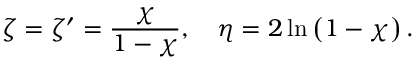
\zeta = \zeta ^ { \prime } = \frac { \chi } { 1 - \chi } , \quad \eta = 2 \ln \left( 1 - \chi \right) .